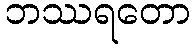
ဘဿရတော